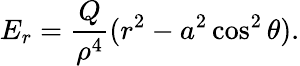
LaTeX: E_{r}=\frac{Q}{\rho^{4}}(r^{2}-a^{2}\cos^{2}\theta).